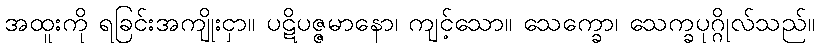
အထူးကို ရခြင်းအကျိုးငှာ။ ပဋိပဇ္ဇမာနော၊ ကျင့်သော။ သေက္ခော၊ သေက္ခပုဂ္ဂိုလ်သည်။